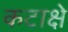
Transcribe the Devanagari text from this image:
कटाक्षे